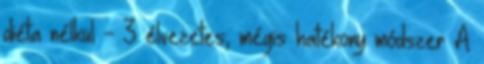
diéta nélkül - 3 élvezetes, mégis hatékony módszer A